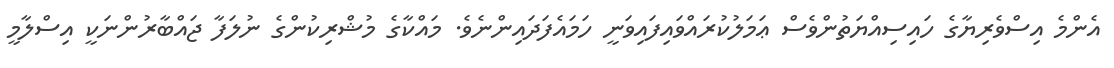
އެންމެ އިސްވެރިޔާގެ ހައިސިއްޔަތުންވެސް ޢަމަލުކުރައްވައިފައިވަނީ ހަމައެފަދައިންނެވެ. މައްކާގެ މުޝްރިކުންގެ ނުލަފާ ޖައްބާރުންނަކީ އިސްލާމީ